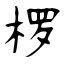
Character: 椤